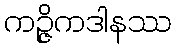
ကဉ္ဇိကဒါနဿ